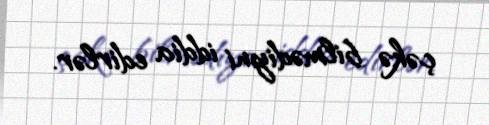
çəkə bilmədiyni iddia edirlər.